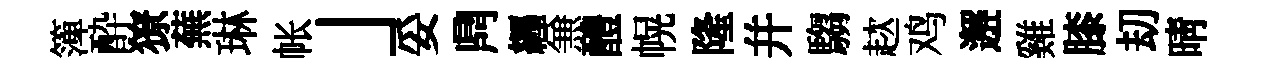
𥱼酔獠蕪琳帐」妥𪔂纒𠔥醴幌隆幷騶趑鸡邂雞膝刧晴